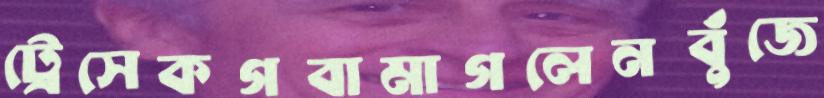
ট্রেসেকগবামাগলেনবুঁজে